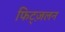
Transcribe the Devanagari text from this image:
फिट्ज़लन